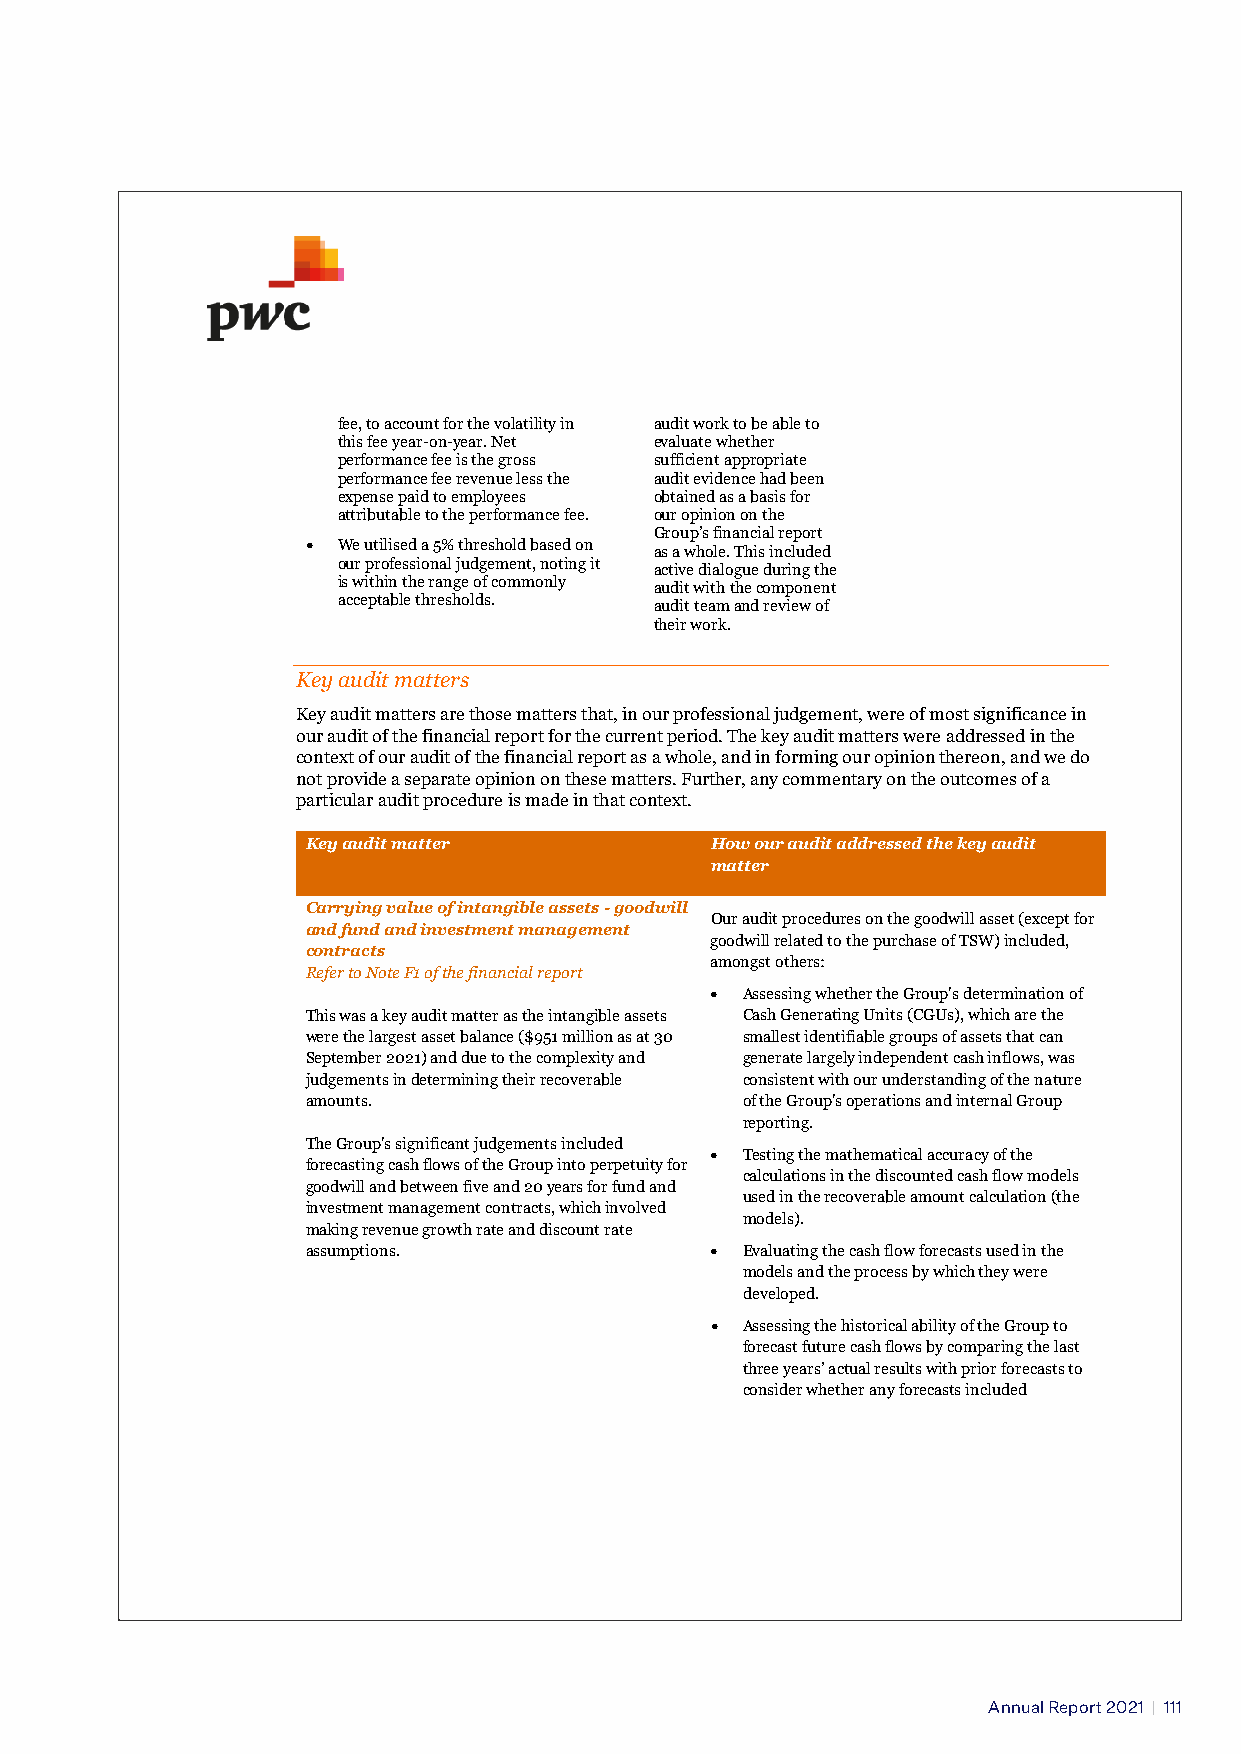
fee, to account for the volatility in audit work to be able to
 this fee year-on-year. Net evaluate whether
 performance fee is the gross sufficient appropriate
 performance fee revenue less the audit evidence had been
 expense paid to employees obtained as a basis for
 attributable to the performance fee. our opinion on the
 Group’s financial report
 • We utilised a 5% threshold based on as a whole. This included
 our professional judgement, noting it active dialogue during the
 is within the range of commonly audit with the component
 acceptable thresholds. audit team and review of
 their work.
 Key audit matters
 Key audit matters are those matters that, in our professional judgement, were of most significance in
 our audit of the financial report for the current period. The key audit matters were addressed in the
 context of our audit of the financial report as a whole, and in forming our opinion thereon, and we do
 not provide a separate opinion on these matters. Further, any commentary on the outcomes of a
 particular audit procedure is made in that context.
 Key audit matter           How our audit addressed the key audit
 matter
 Carrying value of intangible assets - goodwill
 Our audit procedures on the goodwill asset (except for
 and fund and investment management
 goodwill related to the purchase of TSW) included,
 contracts
 amongst others:
 Refer to Note F1 of the financial report
 • Assessing whether the Group's determination of
 This was a key audit matter as the intangible assets Cash Generating Units (CGUs), which are the
 were the largest asset balance ($951 million as at 30 smallest identifiable groups of assets that can
 September 2021) and due to the complexity and generate largely independent cash inflows, was
 judgements in determining their recoverable consistent with our understanding of the nature
 amounts.                     of the Group's operations and internal Group
 reporting.
 The Group's significant judgements included
 • Testing the mathematical accuracy of the
 forecasting cash flows of the Group into perpetuity for
 calculations in the discounted cash flow models
 goodwill and between five and 20 years for fund and
 used in the recoverable amount calculation (the
 investment management contracts, which involved
 models).
 making revenue growth rate and discount rate
 assumptions.               • Evaluating the cash flow forecasts used in the
 models and the process by which they were
 developed.
 • Assessing the historical ability of the Group to
 forecast future cash flows by comparing the last
 three years’ actual results with prior forecasts to
 consider whether any forecasts included
 Annual Report 2021 | 111